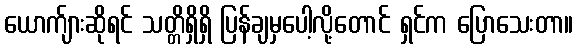
ယောက်ျားဆိုရင် သတ္တိရှိရှိ ပြန်ချမှပေါ့လို့တောင် ရှင်က ပြောသေးတာ။